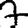
Digit: 7